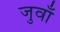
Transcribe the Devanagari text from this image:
जुवाँ